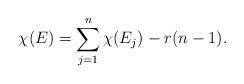
LaTeX: \begin{align*}\chi(E) = \sum\limits_{j=1}^n \chi(E_j) - r(n-1).\end{align*}